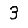
Digit: 3